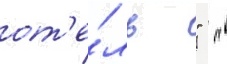
от'е́ль "  "